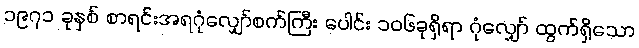
၁၉၇၁ ခုနှစ် စာရင်းအရဂုံလျှော်စက်ကြီး ပေါင်း ၁၀၆ခုရှိရာ ဂုံလျှော် ထွက်ရှိသော